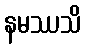
နမဿသိ